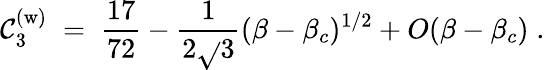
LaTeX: \mathcal{C}_{3}^{(\mathrm{{w}})}\; =\; {\frac{{17}}{{72}}}-{\frac{{1}}{{2\sqrt{}{{3}}}}}(\beta-\beta_{c})^{1/2}+O(\beta-\beta_{c})\; .